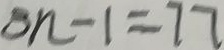
3 n - 1 = 7 7